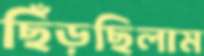
ছিঁড়ছিলাম